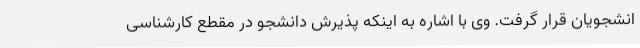
انشجویان قرار گرفت. وی با اشاره به اینکه پذیرش دانشجو در مقطع کارشناسی